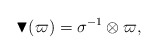
\begin{align*}\blacktriangledown (\varpi ) = \sigma^{-1} \otimes \varpi ,\end{align*}